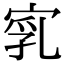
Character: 𡨻